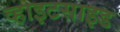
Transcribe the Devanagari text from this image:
व्हाइटसाइड